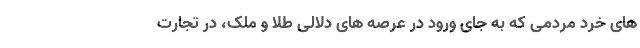
های خرد مردمی که به جای ورود در عرصه های دلالی طلا و ملک، در تجارت